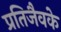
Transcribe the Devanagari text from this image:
प्रतिजैवके